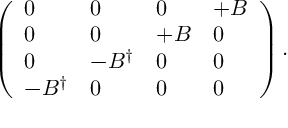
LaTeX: \left( \begin{array} { l l l l } { { 0 } } & { { 0 } } & { { 0 } } & { { + B } } \\ { { 0 } } & { { 0 } } & { { + B } } & { { 0 } } \\ { { 0 } } & { { - B ^ { \dag } } } & { { 0 } } & { { 0 } } \\ { { - B ^ { \dag } } } & { { 0 } } & { { 0 } } & { { 0 } } \end{array} \right) .